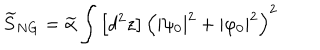
\widetilde { S } _ { N G } = \widetilde { \alpha } \int \left[ d ^ { 2 } z \right] \left( \left| \psi _ { 0 } \right| ^ { 2 } + \left| \varphi _ { 0 } \right| ^ { 2 } \right) ^ { 2 }